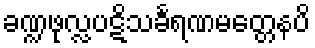
ခဏ္ဍဖုလ္လပဋိသင်္ခရဏမတ္တေနပိ